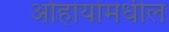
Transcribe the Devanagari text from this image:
ओहायोमधील